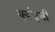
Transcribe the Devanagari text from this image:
क्योइची